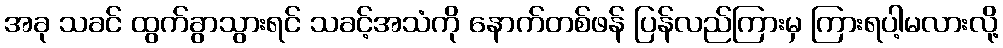
အခု သခင် ထွက်ခွာသွားရင် သခင့်အသံကို နောက်တစ်ဖန် ပြန်လည်ကြားမှ ကြားရပါ့မလားလို့